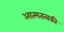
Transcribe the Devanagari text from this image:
आत्मतत्वकी